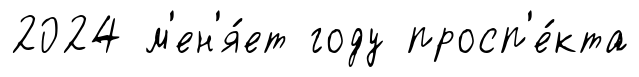
2024 м'ен'я́ет году просп'е́кта